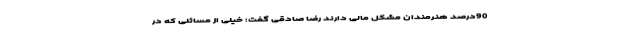
90درصد هنرمندان مشکل مالی دارند رضا صادقی گفت: خیلی از مسائلی که در